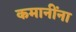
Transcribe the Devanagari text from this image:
कमानींना